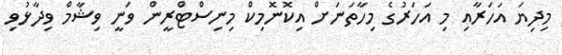
މިިދިޔަ އަހަރާއި މި އަހަރުގެ މިހާތަނަށް އިކޮނޮމިކް މިނިސްޓްރީން ވަނީ ވިޝާމް ވިދާޅުވި